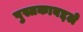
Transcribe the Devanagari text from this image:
पुस्तकाबद्दले